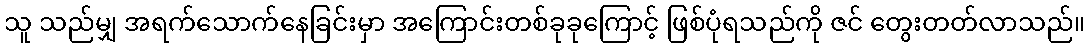
သူ သည်မျှ အရက်သောက်နေခြင်းမှာ အကြောင်းတစ်ခုခုကြောင့် ဖြစ်ပုံရသည်ကို ဇင် တွေးတတ်လာသည်။